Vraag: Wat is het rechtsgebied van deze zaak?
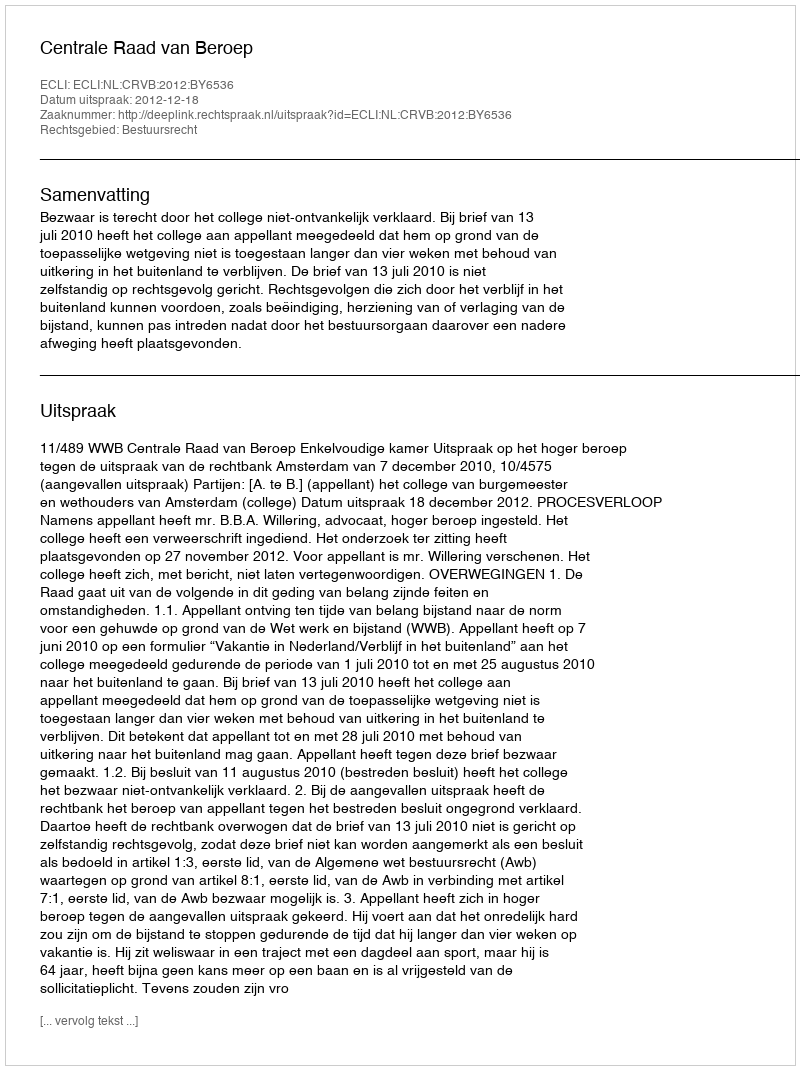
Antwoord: Bestuursrecht